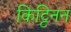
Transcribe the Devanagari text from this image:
किट्टिनन